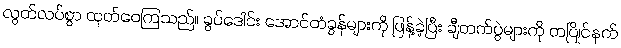
လွတ်လပ်စွာ ထုတ်ဝေကြသည်။ ခွပ်ဒေါင်း အောင်တံခွန်များကို ဖြန့်ခဲ့ပြီး ချီတက်ပွဲများကို တပြိုင်နက်